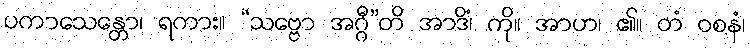
ပကာသေန္တော၊ ရကား။ “သဗ္ဗော အဂ္ဂီ”တိ အာဒိံ၊ ကို။ အာဟ၊ ၏။ တံ ဝစနံ၊